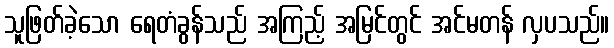
သူဖြတ်ခဲ့သော ရေတံခွန်သည် အကြည့် အမြင်တွင် အင်မတန် လှပသည်။